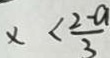
x < \frac { 2 - a } { 3 }